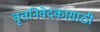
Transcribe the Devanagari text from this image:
वृत्तनिवेदकासाठी